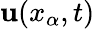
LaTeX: {\mathbf u}(x_{\alpha},t)